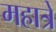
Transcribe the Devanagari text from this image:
महात्रे